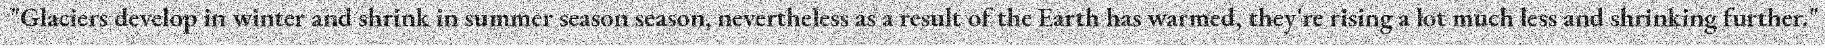
"Glaciers develop in winter and shrink in summer season season, nevertheless as a result of the Earth has warmed, they're rising a lot much less and shrinking further."